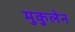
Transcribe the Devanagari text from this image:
मुकुलेन